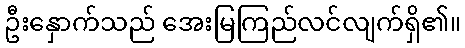
ဦးနှောက်သည် အေးမြကြည်လင်လျက်ရှိ၏။